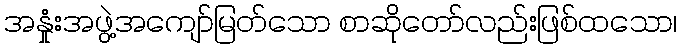
အနှုံးအဖွဲ့အကျော်မြတ်သော စာဆိုတော်လည်းဖြစ်ထသော၊